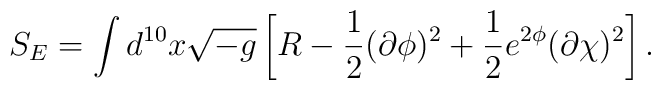
S_{E}=\int d^{10}x \sqrt{-g} \left[ R -\frac{1}{2}(\partial \phi )^2      + \frac{1}{2} e^{2\phi} (\partial \chi )^2  \right] .